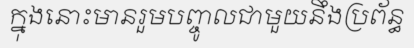
ក្នុងនោះមានរួមបញ្ចូលជាមួយនឹងប្រព័ន្ធ